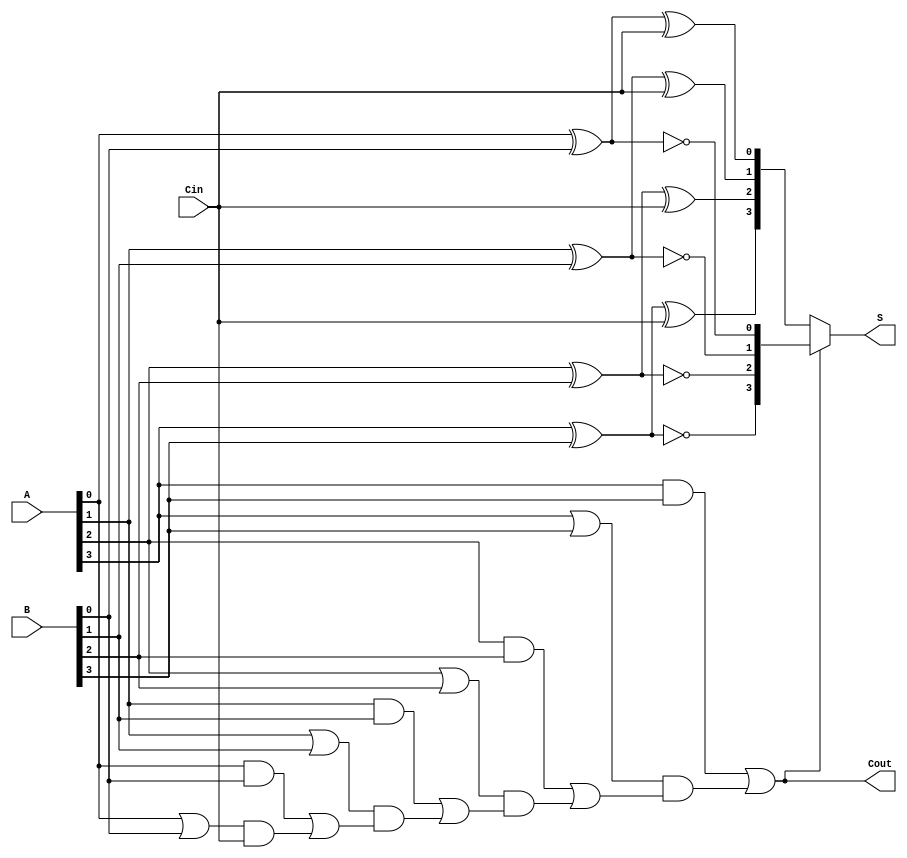
module conditional_sum_adder #(
    parameter n = 4  // Size of the binary numbers
)(
    input  [n-1:0] A,       // First n-bit input
    input  [n-1:0] B,       // Second n-bit input
    input         Cin,       // Carry-in
    output [n-1:0] S,       // n-bit sum output
    output        Cout       // Carry-out
);

    wire [n-1:0] G;        // Generate signals
    wire [n-1:0] P;        // Propagate signals
    wire [n:0] C;          // Carry signals

    // Generate and Propagate Signal Calculation
    genvar i;
    generate
        for (i = 0; i < n; i = i + 1) begin : gen_prop
            assign G[i] = A[i] & B[i];               // G[i] = A[i] * B[i]
            assign P[i] = A[i] | B[i];               // P[i] = A[i] + B[i]
        end
    endgenerate

    // Carry signal calculation
    assign C[0] = Cin;  // Initial carry-in
    generate
        for (i = 0; i < n; i = i + 1) begin : carry_gen
            assign C[i + 1] = G[i] | (P[i] & C[i]); // C[i+1] = G[i] + (P[i] * C[i])
        end
    endgenerate

    // Sum calculation based on carry predictions
    wire [n-1:0] S0;   // Sum when carry is 0
    wire [n-1:0] S1;   // Sum when carry is 1

    generate
        for (i = 0; i < n; i = i + 1) begin : sum_calc
            assign S0[i] = A[i] ^ B[i] ^ C[0];  // S0[i] = A[i]  B[i]  Cin
            assign S1[i] = A[i] ^ B[i] ^ 1'b1;   // S1[i] = A[i]  B[i]  1
        end
    endgenerate

    // Final Sum Calculation
    assign S = C[n] ? S1 : S0; // Select the appropriate sum based on final carry
    assign Cout = C[n]; // Final carry-out

endmodule